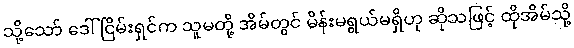
သို့သော် ဒေါ်ငြိမ်းရှင်က သူမတို့ အိမ်တွင် မိန်းမရွယ်မရှိဟု ဆိုသဖြင့် ထိုအိမ်သို့